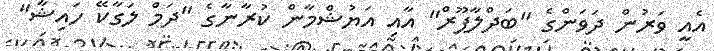
އެއީ ވަރުން ދަވަންގެ "ބަދްލާޕޫރް" އާއި އަޔުޝްމާން ކުރާނާގެ "ދަމް ލަގާކޭ ހައިޝާ"